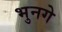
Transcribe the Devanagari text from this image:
भुनगे